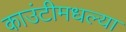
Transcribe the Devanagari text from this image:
काउंटीमधल्या